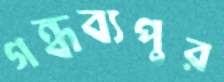
গন্ধব্যপুর